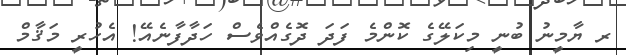
ރ ޔާމީނު ބުނީ މިކަލޭގެ ކޮންމެ ފަދަ ދޮގެއްވެސް ހަދާފާނެއޭ! އެހުރީ މަޤާމް